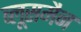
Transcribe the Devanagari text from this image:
ब्लूसमैन